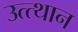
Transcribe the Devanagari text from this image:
उत्त्थान